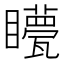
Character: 𥌯